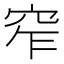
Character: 窄